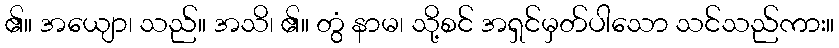
၏။ အယျော၊ သည်။ အသိ၊ ၏။ တွံ နာမ၊ သို့စင် အရှင်မှတ်ပါသော သင်သည်ကား။